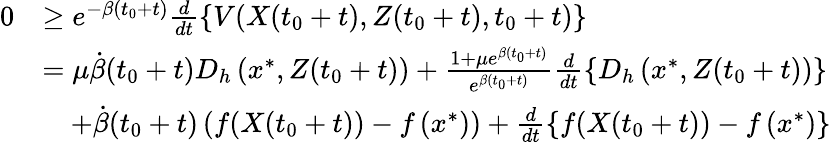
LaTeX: \begin{array}{rl}{0}&{\geq e^{-\beta(t_{0}+t)}\frac{d}{dt}\left\{ V(X(t_{0}+t),Z(t_{0}+t),t_{0}+t)\right\} }\\ &{=\mu\dot{\beta}(t_{0}+t)D_{h}\left(x^{*},Z(t_{0}+t)\right)+\frac{1+\mu e^{\beta(t_{0}+t)}}{e^{\beta(t_{0}+t)}}\frac{d}{dt}\left\{ D_{h}\left(x^{*},Z(t_{0}+t)\right)\right\} }\\ &{\quad+\dot{\beta}(t_{0}+t)\left(f(X(t_{0}+t))-f\left(x^{*}\right)\right)+\frac{d}{dt}\left\{ f(X(t_{0}+t))-f\left(x^{*}\right)\right\} }\end{array}